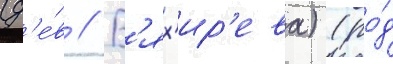
(д'е́в // В'ях'ир'ева) (ро́д